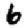
Digit: 6